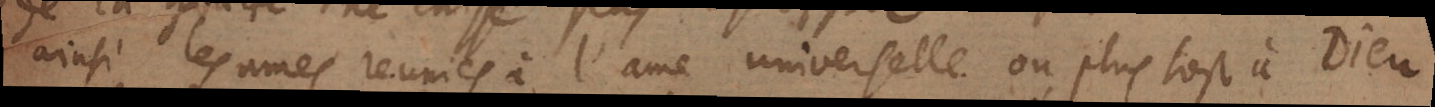
ainsi les ames reunies à l’ame universelle ou plustost à Dieu